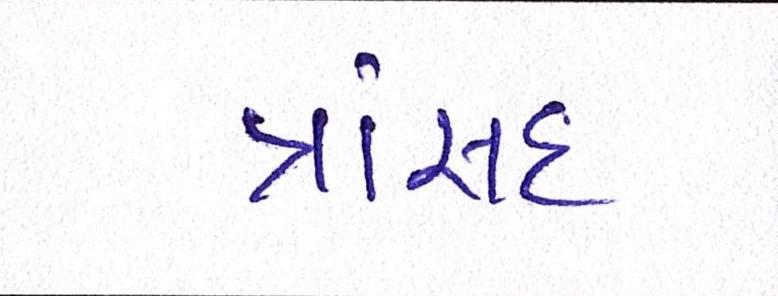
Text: ત્રાંસદ